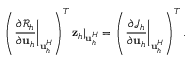
\left( \left. \frac { \partial \mathcal R _ { h } } { \partial \mathbf { u } _ { h } } \right| _ { \mathbf { u } _ { h } ^ { H } } \right) ^ { T } \mathbf { z } _ { h } | _ { \mathbf { u } _ { h } ^ { H } } = \left( \left. \frac { \partial \mathcal J _ { h } } { \partial \mathbf { u } _ { h } } \right| _ { \mathbf { u } _ { h } ^ { H } } \right) ^ { T } .